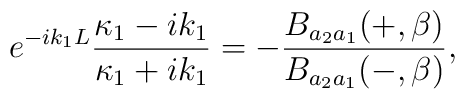
e^{-ik_1L}\frac{\kappa_1-ik_1}{\kappa_1+ik_1}=-\frac{B_{a_2a_1}(+,\beta)}{B_{a_2a_1}(-,\beta)} ,